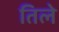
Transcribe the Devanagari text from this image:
तिले